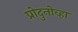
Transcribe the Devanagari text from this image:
प्रोदुनोव्हा